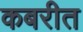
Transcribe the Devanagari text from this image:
कबरीत